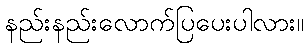
နည်းနည်းလောက်ပြပေးပါလား။